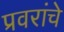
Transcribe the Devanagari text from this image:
प्रवरांचे